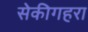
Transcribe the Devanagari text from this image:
सेकीगहरा